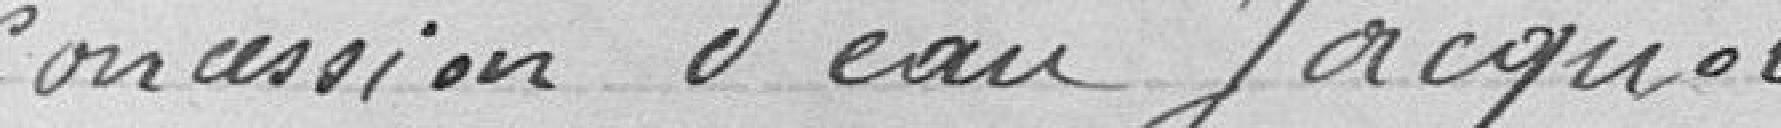
concession d'eau Jacquot